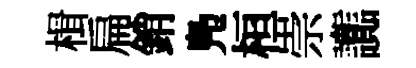
楫扁銷鳬桓崇讟